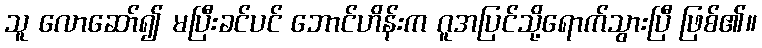
သူ လောဆော်၍ မပြီးခင်ပင် ဘောင်ဟိန်းက ဂူအပြင်သို့ရောက်သွားပြီ ဖြစ်၏။